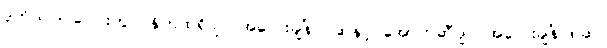
ဒုတိယဒြပ်ပေါင်းတွင် နိုက်ထရိုဂျင် အလေးချိန် ၇ဆနှင့် အောက်ဆီဂျင် အလေးချိန် ၈ဆ။